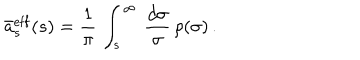
LaTeX: \bar { a } _ { s } ^ { \mathrm { e f f } } ( s ) = \frac { 1 } { \pi } \, \int _ { s } ^ { \infty } \, \frac { d \sigma } { \sigma } \, \rho ( \sigma ) \, .